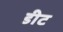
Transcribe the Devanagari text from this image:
डीट